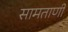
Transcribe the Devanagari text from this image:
सामताणी